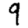
Digit: 9